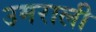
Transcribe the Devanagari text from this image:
उमराली